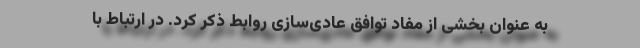
به عنوان بخشی از مفاد توافق عادی‌سازی روابط ذکر کرد. در ارتباط با